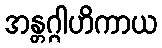
အန္တဂ္ဂါဟိကာယ